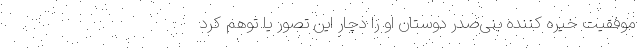
موفقیت خیره کننده بنی‌صدر دوستان او را دچار این تصور یا توهّم کرد